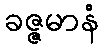
ခဇ္ဇမာနံ